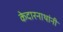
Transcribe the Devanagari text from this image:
केदारनाथांनी